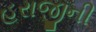
હરાજીની